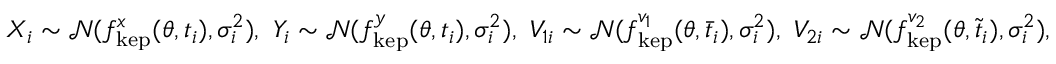
X _ { i } \sim \mathcal { N } ( f _ { \mathrm { k e p } } ^ { x } ( \theta , t _ { i } ) , \sigma _ { i } ^ { 2 } ) , \, \, Y _ { i } \sim \mathcal { N } ( f _ { \mathrm { k e p } } ^ { y } ( \theta , t _ { i } ) , \sigma _ { i } ^ { 2 } ) , \, \, V _ { 1 i } \sim \mathcal { N } ( f _ { \mathrm { k e p } } ^ { v _ { 1 } } ( \theta , \bar { t } _ { i } ) , \sigma _ { i } ^ { 2 } ) , \, \, V _ { 2 i } \sim \mathcal { N } ( f _ { \mathrm { k e p } } ^ { v _ { 2 } } ( \theta , \tilde { t } _ { i } ) , \sigma _ { i } ^ { 2 } ) ,